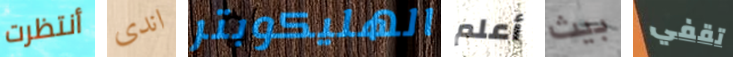
أنتظرت اندى الهليكوبتر أعلم بيث تقفي